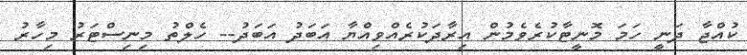
ކުއްޖާ ދަނީ ހަމަ މޮނީޓާކުރެވެމުން އިރާދަކުރެއްވިއްޔާ އަބަދު އަބަދު-- ހެލްތު މިނިސްޓަރު މިހާރު